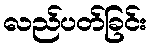
လည်ပတ်ခြင်း